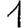
Digit: 1